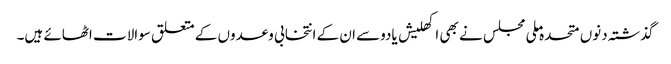
گذشتہ دنوں متحدہ ملی مجلس نے بھی اکھلیش یادوسے ان کے انتخابی وعدوں کے متعلق سوالات اٹھائے ہیں۔